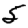
Digit: 5